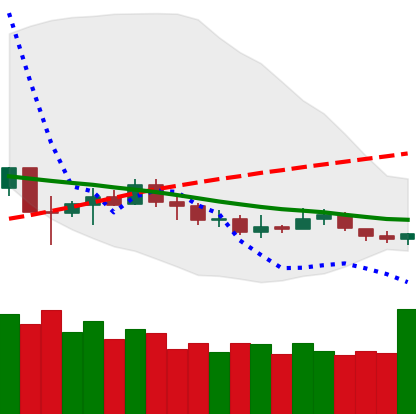
Ticker: NEO-USD
Chart end date: 2019-12-12
Forward return: -8.957%
Label: down_7plus